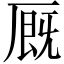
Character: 厩